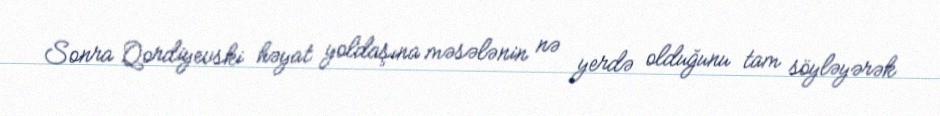
Sonra Qordiyevski həyat yoldaşına məsələnin nə yerdə olduğunu tam söyləyərək